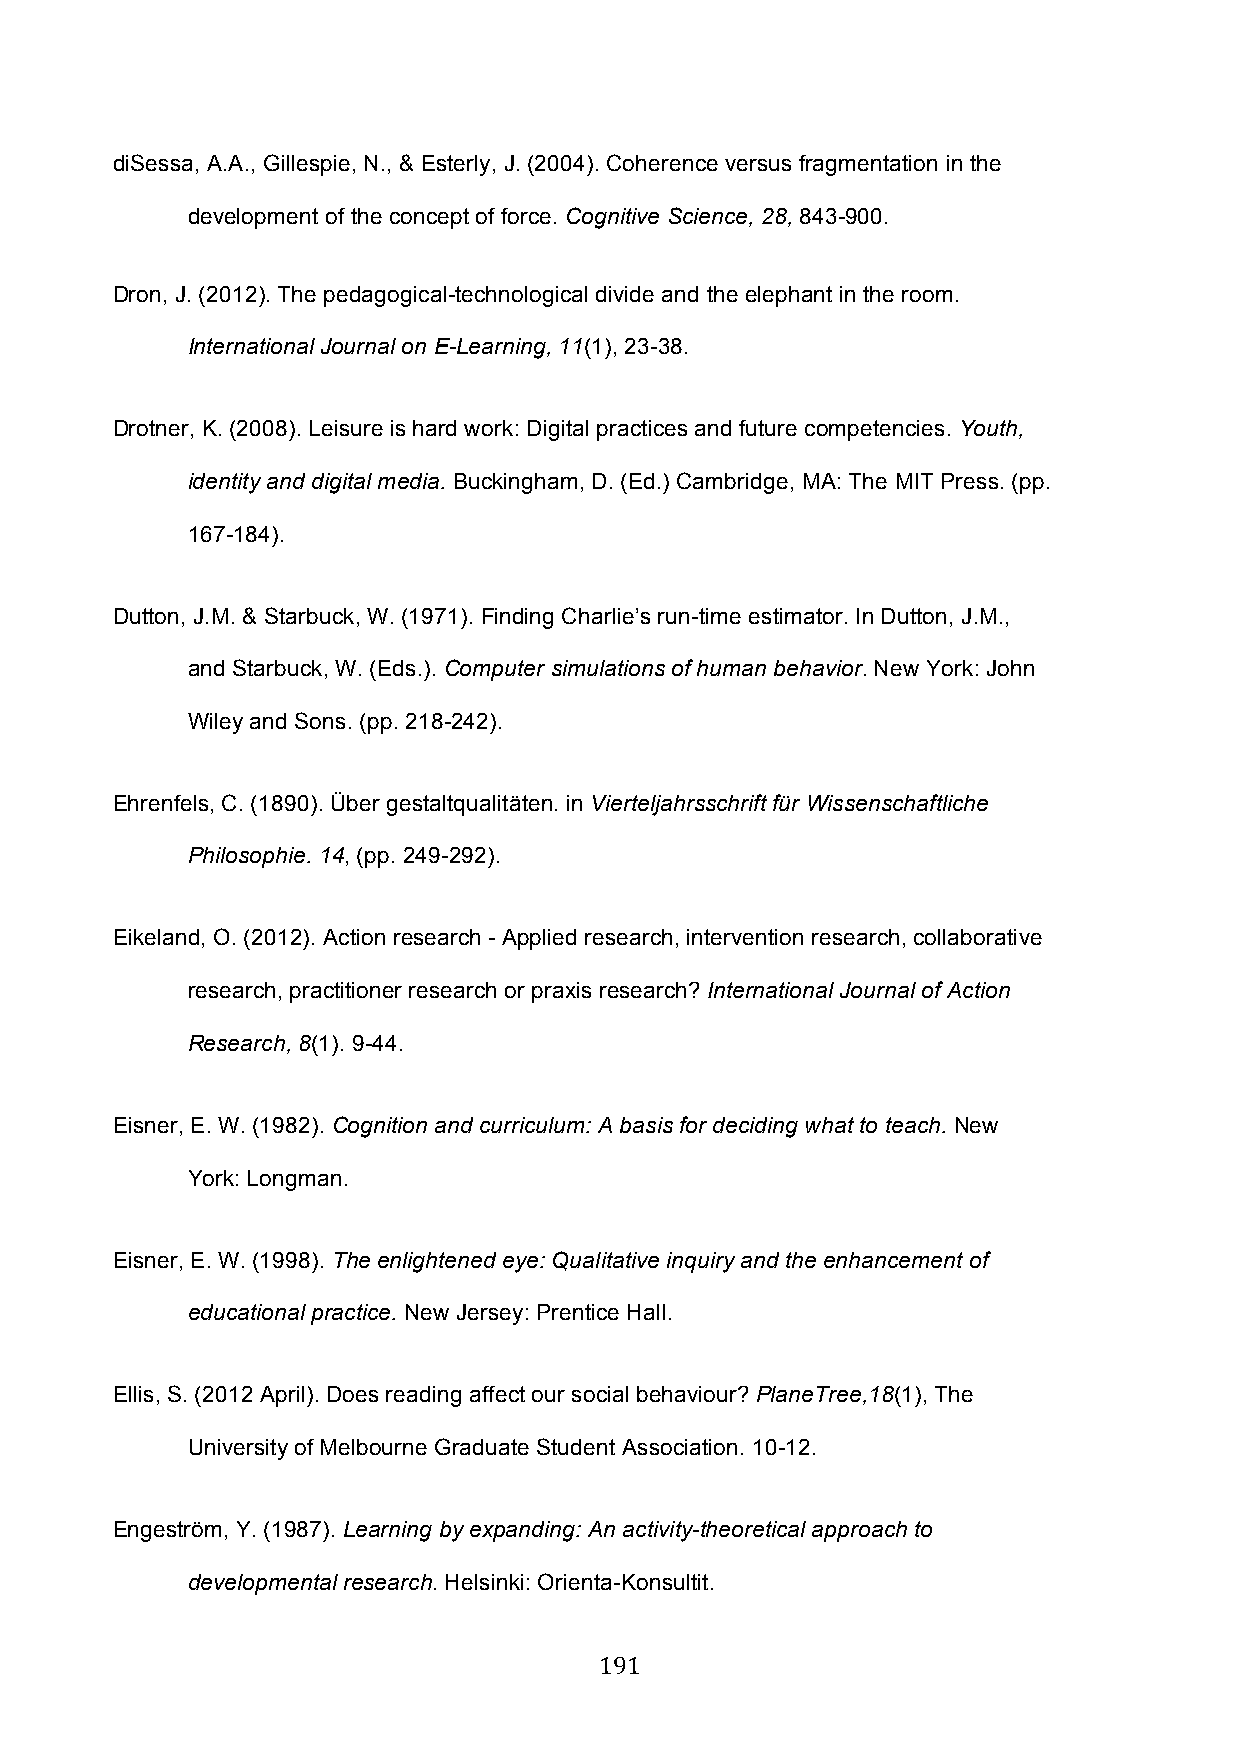
diSessa, A.A., Gillespie, N., & Esterly, J. (2004). Coherence versus fragmentation in the
 development of the concept of force. Cognitive Science, 28, 843-900.
 Dron, J. (2012). The pedagogical-technological divide and the elephant in the room.
 International Journal on E-Learning, 11(1), 23-38.
 Drotner, K. (2008). Leisure is hard work: Digital practices and future competencies. Youth,
 identity and digital media. Buckingham, D. (Ed.) Cambridge, MA: The MIT Press. (pp.
 167-184).
 Dutton, J.M. & Starbuck, W. (1971). Finding Charlie’s run-time estimator. In Dutton, J.M.,
 and Starbuck, W. (Eds.). Computer simulations of human behavior. New York: John
 Wiley and Sons. (pp. 218-242).
 Ehrenfels, C. (1890). Über gestaltqualitäten. in Vierteljahrsschrift für Wissenschaftliche
 Philosophie. 14, (pp. 249-292).
 Eikeland, O. (2012). Action research - Applied research, intervention research, collaborative
 research, practitioner research or praxis research? International Journal of Action
 Research, 8(1). 9-44.
 Eisner, E. W. (1982). Cognition and curriculum: A basis for deciding what to teach. New
 York: Longman.
 Eisner, E. W. (1998). The enlightened eye: Qualitative inquiry and the enhancement of
 educational practice. New Jersey: Prentice Hall.
 Ellis, S. (2012 April). Does reading affect our social behaviour? PlaneTree,18(1), The
 University of Melbourne Graduate Student Association. 10-12.
 Engeström, Y. (1987). Learning by expanding: An activity-theoretical approach to
 developmental research. Helsinki: Orienta-Konsultit.
 191